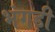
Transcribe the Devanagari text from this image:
भंगड़ी